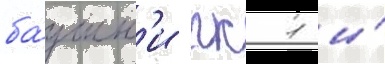
ба́шн'и гк 1 и́